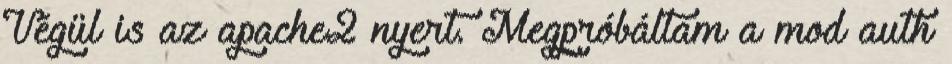
Végül is az apache2 nyert. Megpróbáltam a mod auth